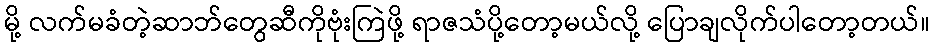
မို့ လက်မခံတဲ့ဆာဘ်တွေဆီကိုဗုံးကြဲဖို့ ရာဇသံပို့တော့မယ်လို့ ပြောချလိုက်ပါတော့တယ်။